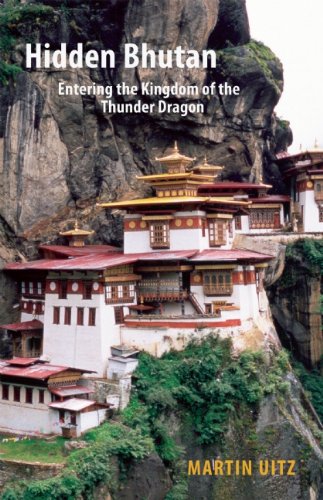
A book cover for Hidden Bhutan: Entering the Kingdom of the Thunder Dragon (Armchair Traveller); Martin Uitz; Travel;